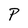
Character: P